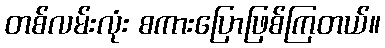
တစ်လမ်းလုံး စကားပြောဖြစ်ကြတယ်။